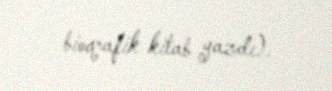
bioqrafik kitab yazdı).